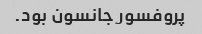
پروفسور جانسون بود.